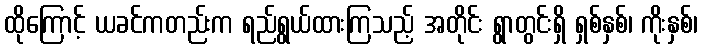
ထိုကြောင့် ယခင်ကတည်းက ရည်ရွယ်ထားကြသည့် အတိုင်း ရွာတွင်းရှိ ရှစ်နှစ်၊ ကိုးနှစ်၊